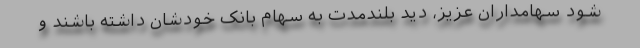
شود سهامداران عزیز، دید بلندمدت به سهام بانک خودشان داشته باشند و